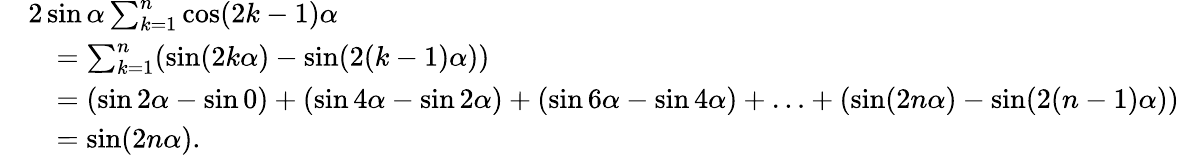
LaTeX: {\begin{array}{rl}&{2\sin\alpha\sum_{k=1}^{n}\cos(2k-1)\alpha}\\ &{\quad=\sum_{k=1}^{n}(\sin(2k\alpha)-\sin(2(k-1)\alpha))}\\ &{\quad=(\sin 2\alpha-\sin 0)+(\sin 4\alpha-\sin 2\alpha)+(\sin 6\alpha-\sin 4\alpha)+\ldots+(\sin(2n\alpha)-\sin(2(n-1)\alpha))}\\ &{\quad=\sin(2n\alpha).}\end{array}}